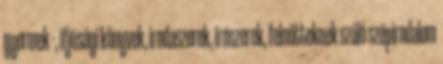
gyermek -, ifjúsági könyvek, irodaszerek, írószerek, felnőtteknek szóló szépirodalom